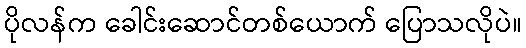
ပိုလန်က ခေါင်းဆောင်တစ်ယောက် ပြောသလိုပဲ။